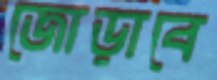
জোড়াবে